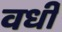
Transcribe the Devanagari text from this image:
वर्धी